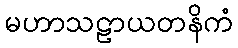
မဟာသဠာယတနိကံ